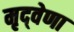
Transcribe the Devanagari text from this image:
मृद्‌वेणा